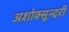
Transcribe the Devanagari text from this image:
अशोक्सुन्दरी